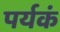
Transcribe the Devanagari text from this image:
पर्यकं